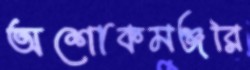
অশোকমঞ্জরি